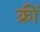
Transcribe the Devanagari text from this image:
क्रीं